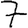
Digit: 7